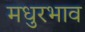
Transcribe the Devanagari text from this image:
मधुरभाव